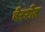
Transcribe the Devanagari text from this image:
बेरशेत